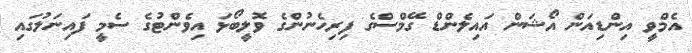
އެމްވީ އިންޑިއަން އޯޝަން އައިލެންޑް ގޭމްސްގެ ފިރިހެނުންގެ ވޮލީބޯޅަ އިވެންޓުގެ ސެމީ ފައިނަލުގައި